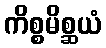
ကိစ္စမိစ္ဆယံ